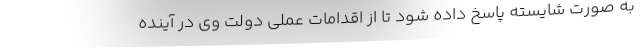
به صورت شایسته پاسخ داده شود تا از اقدامات عملی دولت وی در آینده